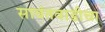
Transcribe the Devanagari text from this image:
सावंतवाडीचा